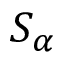
S _ { \alpha }